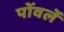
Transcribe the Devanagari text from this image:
पोंवर्ले